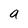
Character: a